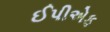
ઈપીએફ